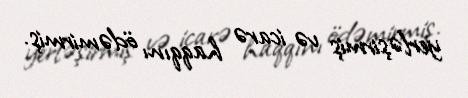
yerləşirmiş və icarə haqqını ödəmirmiş.